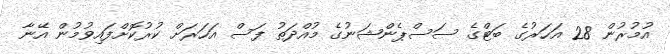
އުމުރުން 28 އަހަރުގެ ބަޓްގެ ސަސްޕެންޝަނުގެ މުއްދަތު ފަސް އަހަރަށް ކުރުކޮށްފައިވުމުން އޭނާ